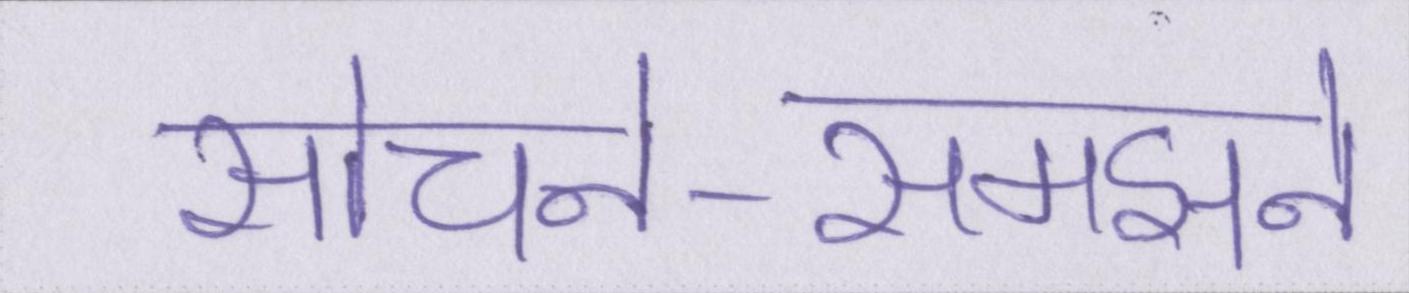
सोचने-समझने